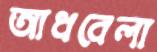
আধবেলা